65_HS1-834228961_62-HQ-83894_Section_5
Agency: FBI
Page 85
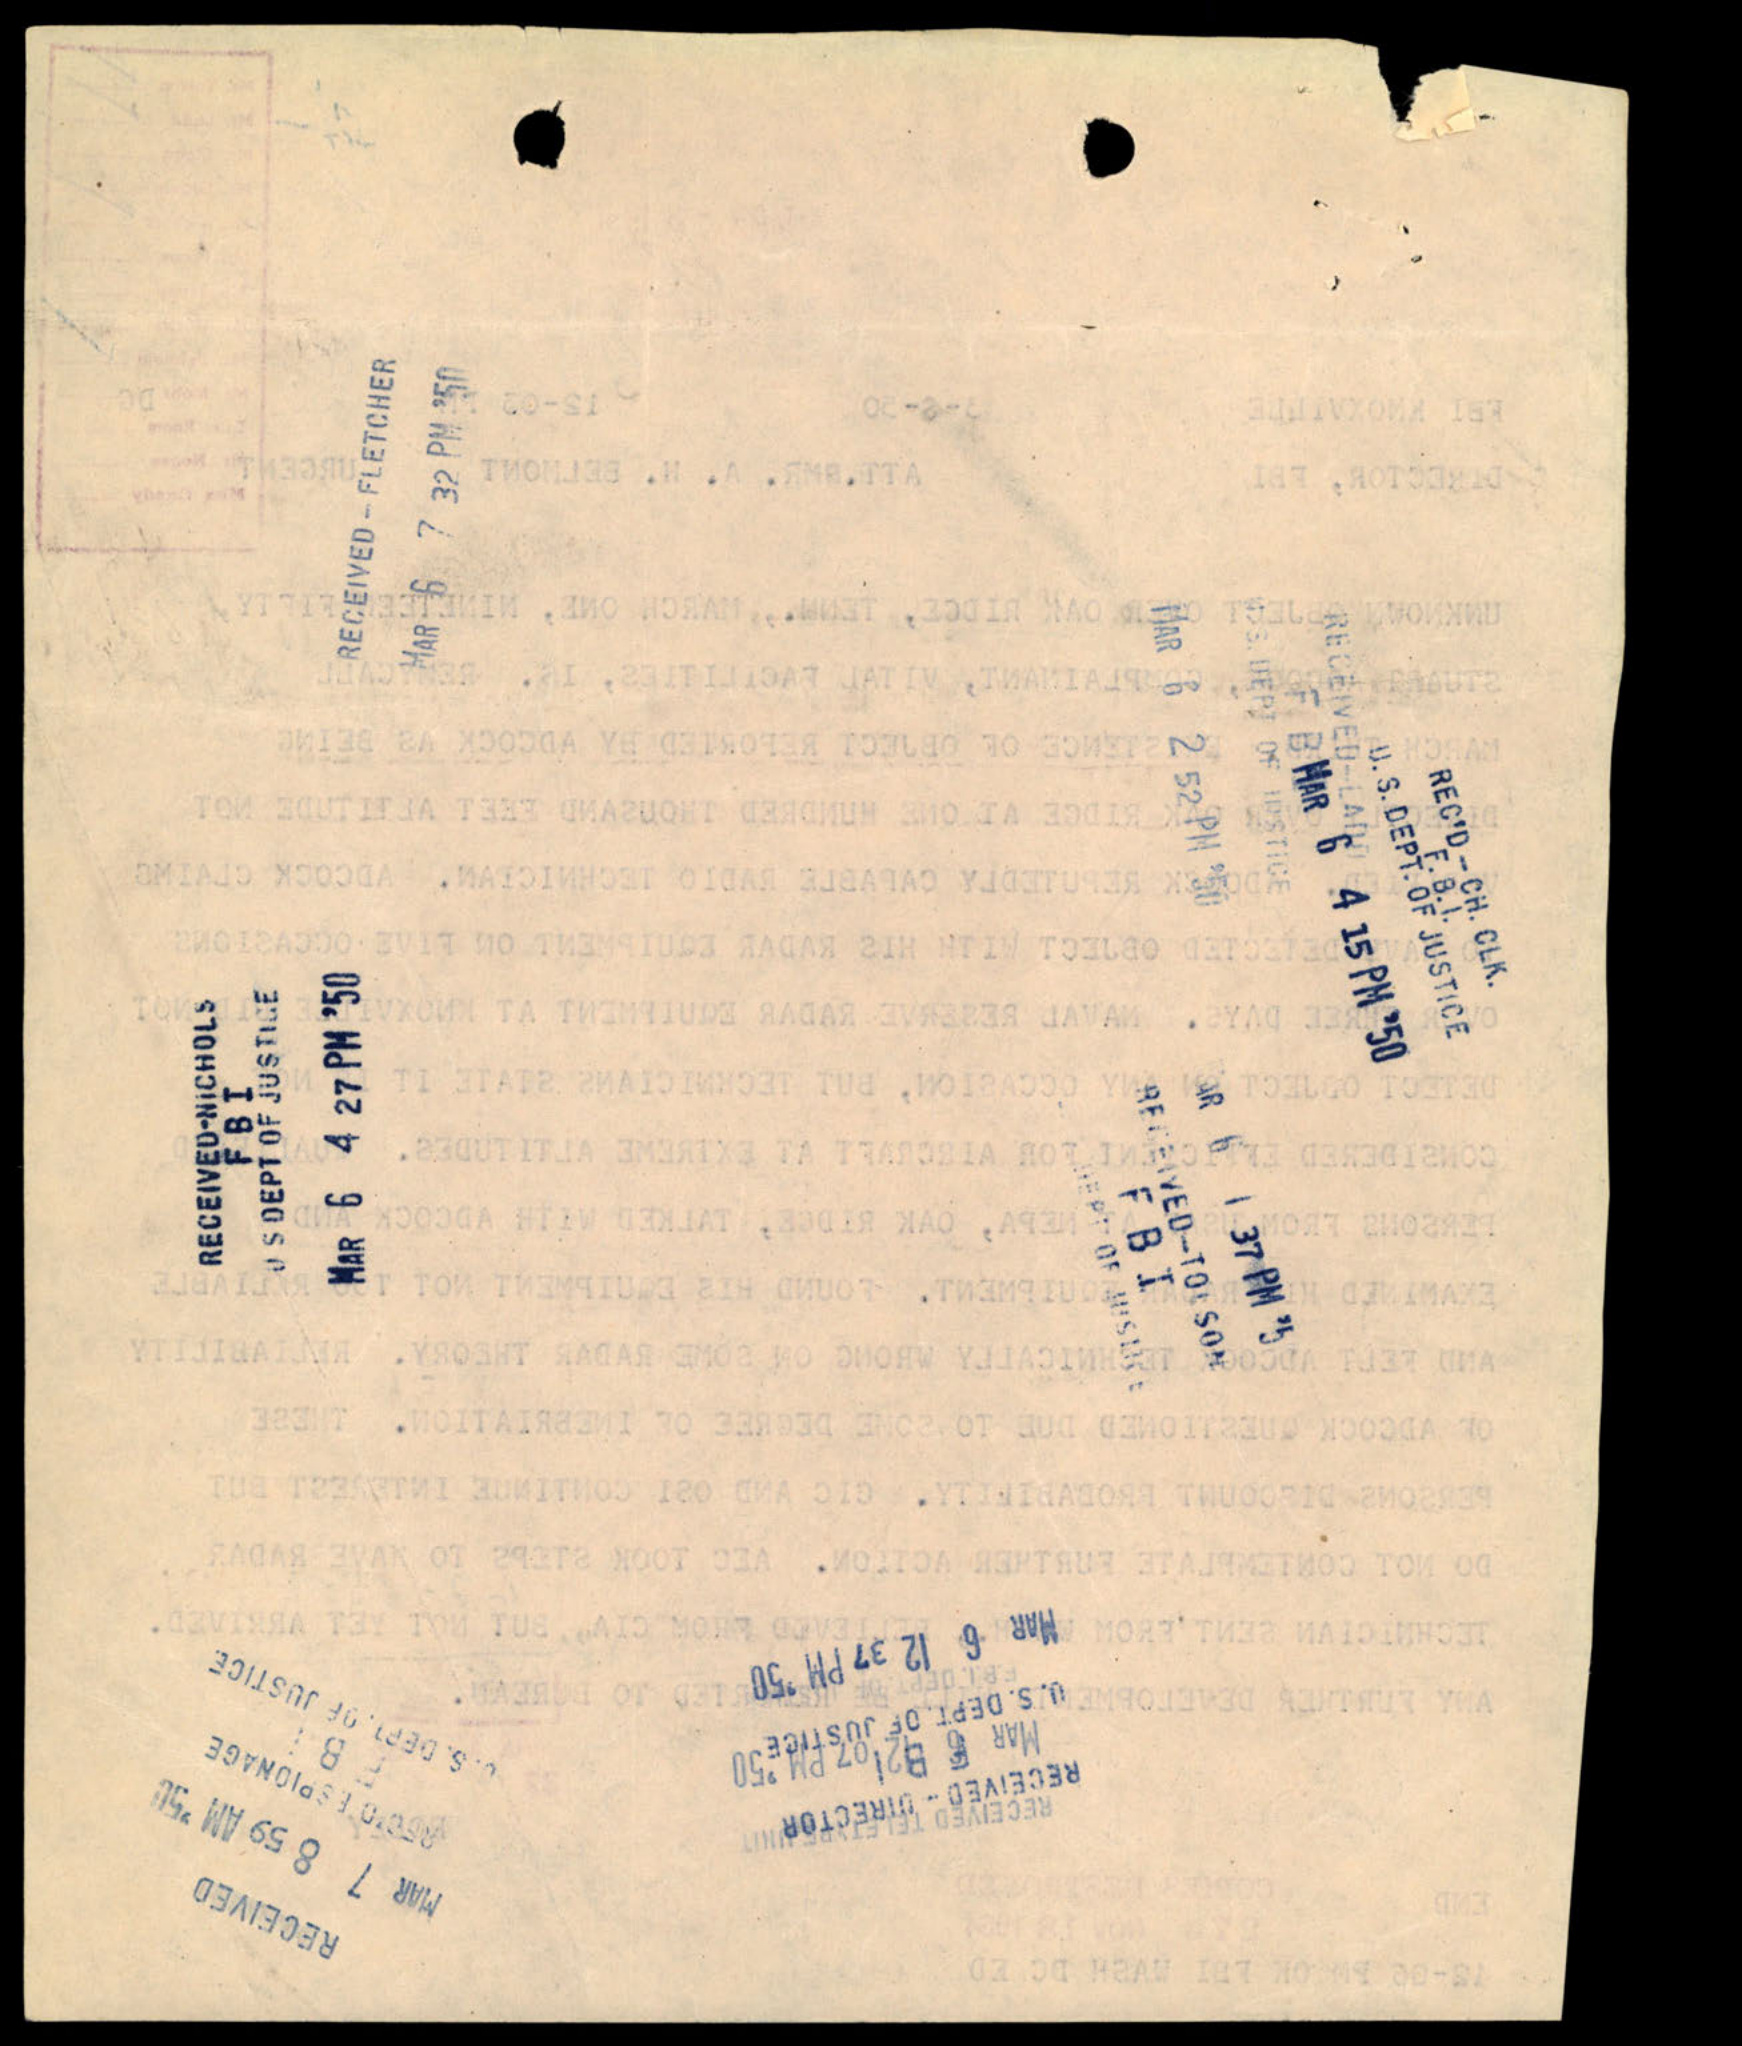